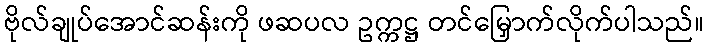
ဗိုလ်ချုပ်အောင်ဆန်းကို ဖဆပလ ဥက္ကဋ္ဌ တင်မြှောက်လိုက်ပါသည်။